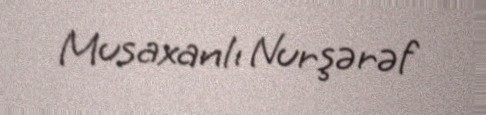
Musaxanlı Nurşərəf